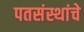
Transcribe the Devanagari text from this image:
पतसंस्थांचे